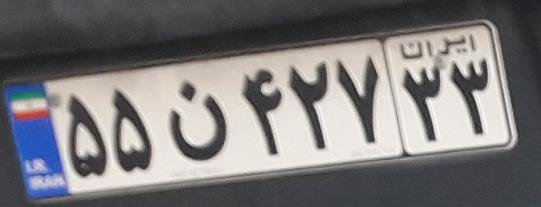
۵۵ن۴۲۷۳۳